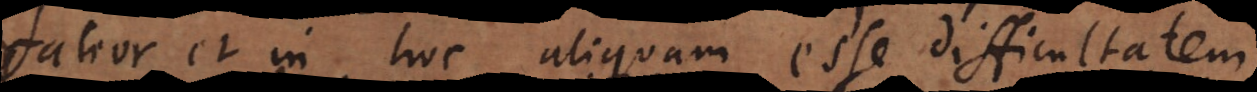
fateor et in hoc aliquam esse difficultatem,